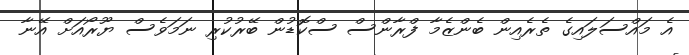
އެ މައްސަލައިގެ ތެރެއިން ބެންޒެމާ ފްރާންސް ސްކޮޑުން ބޭރުކުރި ނަމަވެސް ޔޫރޯއަށް އޭނާ